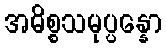
အဓိစ္စသမုပ္ပန္နော